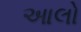
આલો